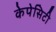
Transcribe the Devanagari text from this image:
केपेसिटी